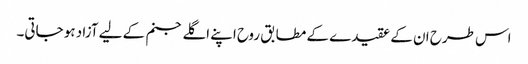
اس طرح ان کے عقیدے کے مطابق روح اپنے اگلے جنم کے لیے آزاد ہو جاتی۔